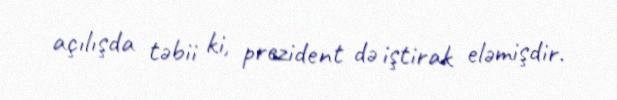
açılışda təbii ki, prezident də iştirak eləmişdir.